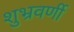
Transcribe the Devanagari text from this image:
शुभ्रवर्णी